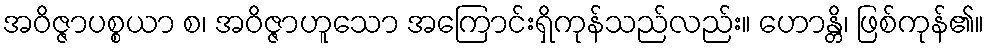
အဝိဇ္ဇာပစ္စယာ စ၊ အဝိဇ္ဇာဟူသော အကြောင်းရှိကုန်သည်လည်း။ ဟောန္တိ၊ ဖြစ်ကုန်၏။